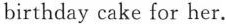
birthday cake for her.